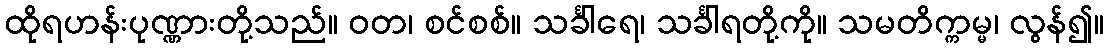
ထိုရဟန်းပုဏ္ဏားတို့သည်။ ဝတ၊ စင်စစ်။ သင်္ခါရေ၊ သင်္ခါရတို့ကို။ သမတိက္ကမ္မ၊ လွန်၍။